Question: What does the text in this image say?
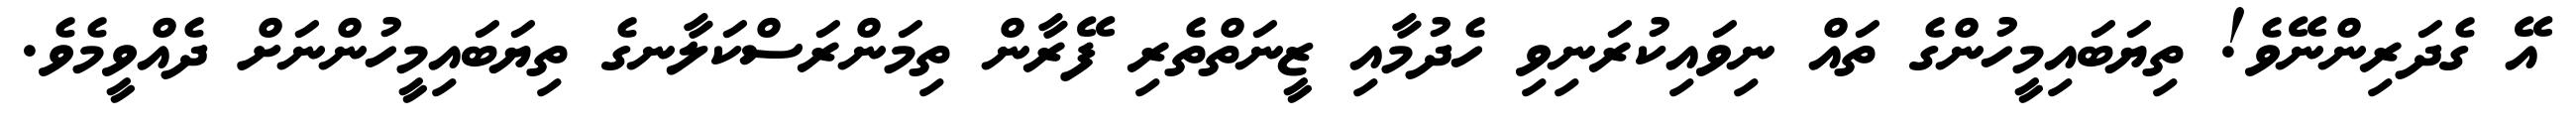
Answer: އޭ ގެދަރިންނޭވެ! ތިޔަބައިމީހުންގެ ތައް ނިވައިކުރަނިވި ހެދުމާއި ޒީނަތްތެރި ފޭރާން ތިމަންރަސްކަލާނގެ ތިޔަބައިމީހުންނަށް ދެއްވީމެވެ.